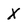
Character: X